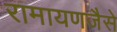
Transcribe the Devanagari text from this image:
रामायणजैसे